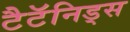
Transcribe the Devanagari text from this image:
टैटॅनिड्स